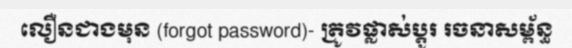
លឿនជាងមុន (forgot password)- ត្រូវផ្លាស់ប្តូរ រចនាសម្ព័ន្ធ